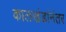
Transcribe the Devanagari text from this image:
कालखंडांनंतर